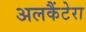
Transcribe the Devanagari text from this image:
अलकैंटेरा